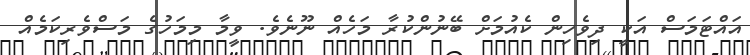
އައްޓަމަސް އަކީ ދިވެހިން ކެއުމަށް ބޭނުންކުރާ މަހެއް ނޫނެވެ. ވީމާ މިމަހުގެ މަސްވެރިކަމެއް